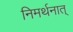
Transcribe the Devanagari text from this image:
निमर्थनात्